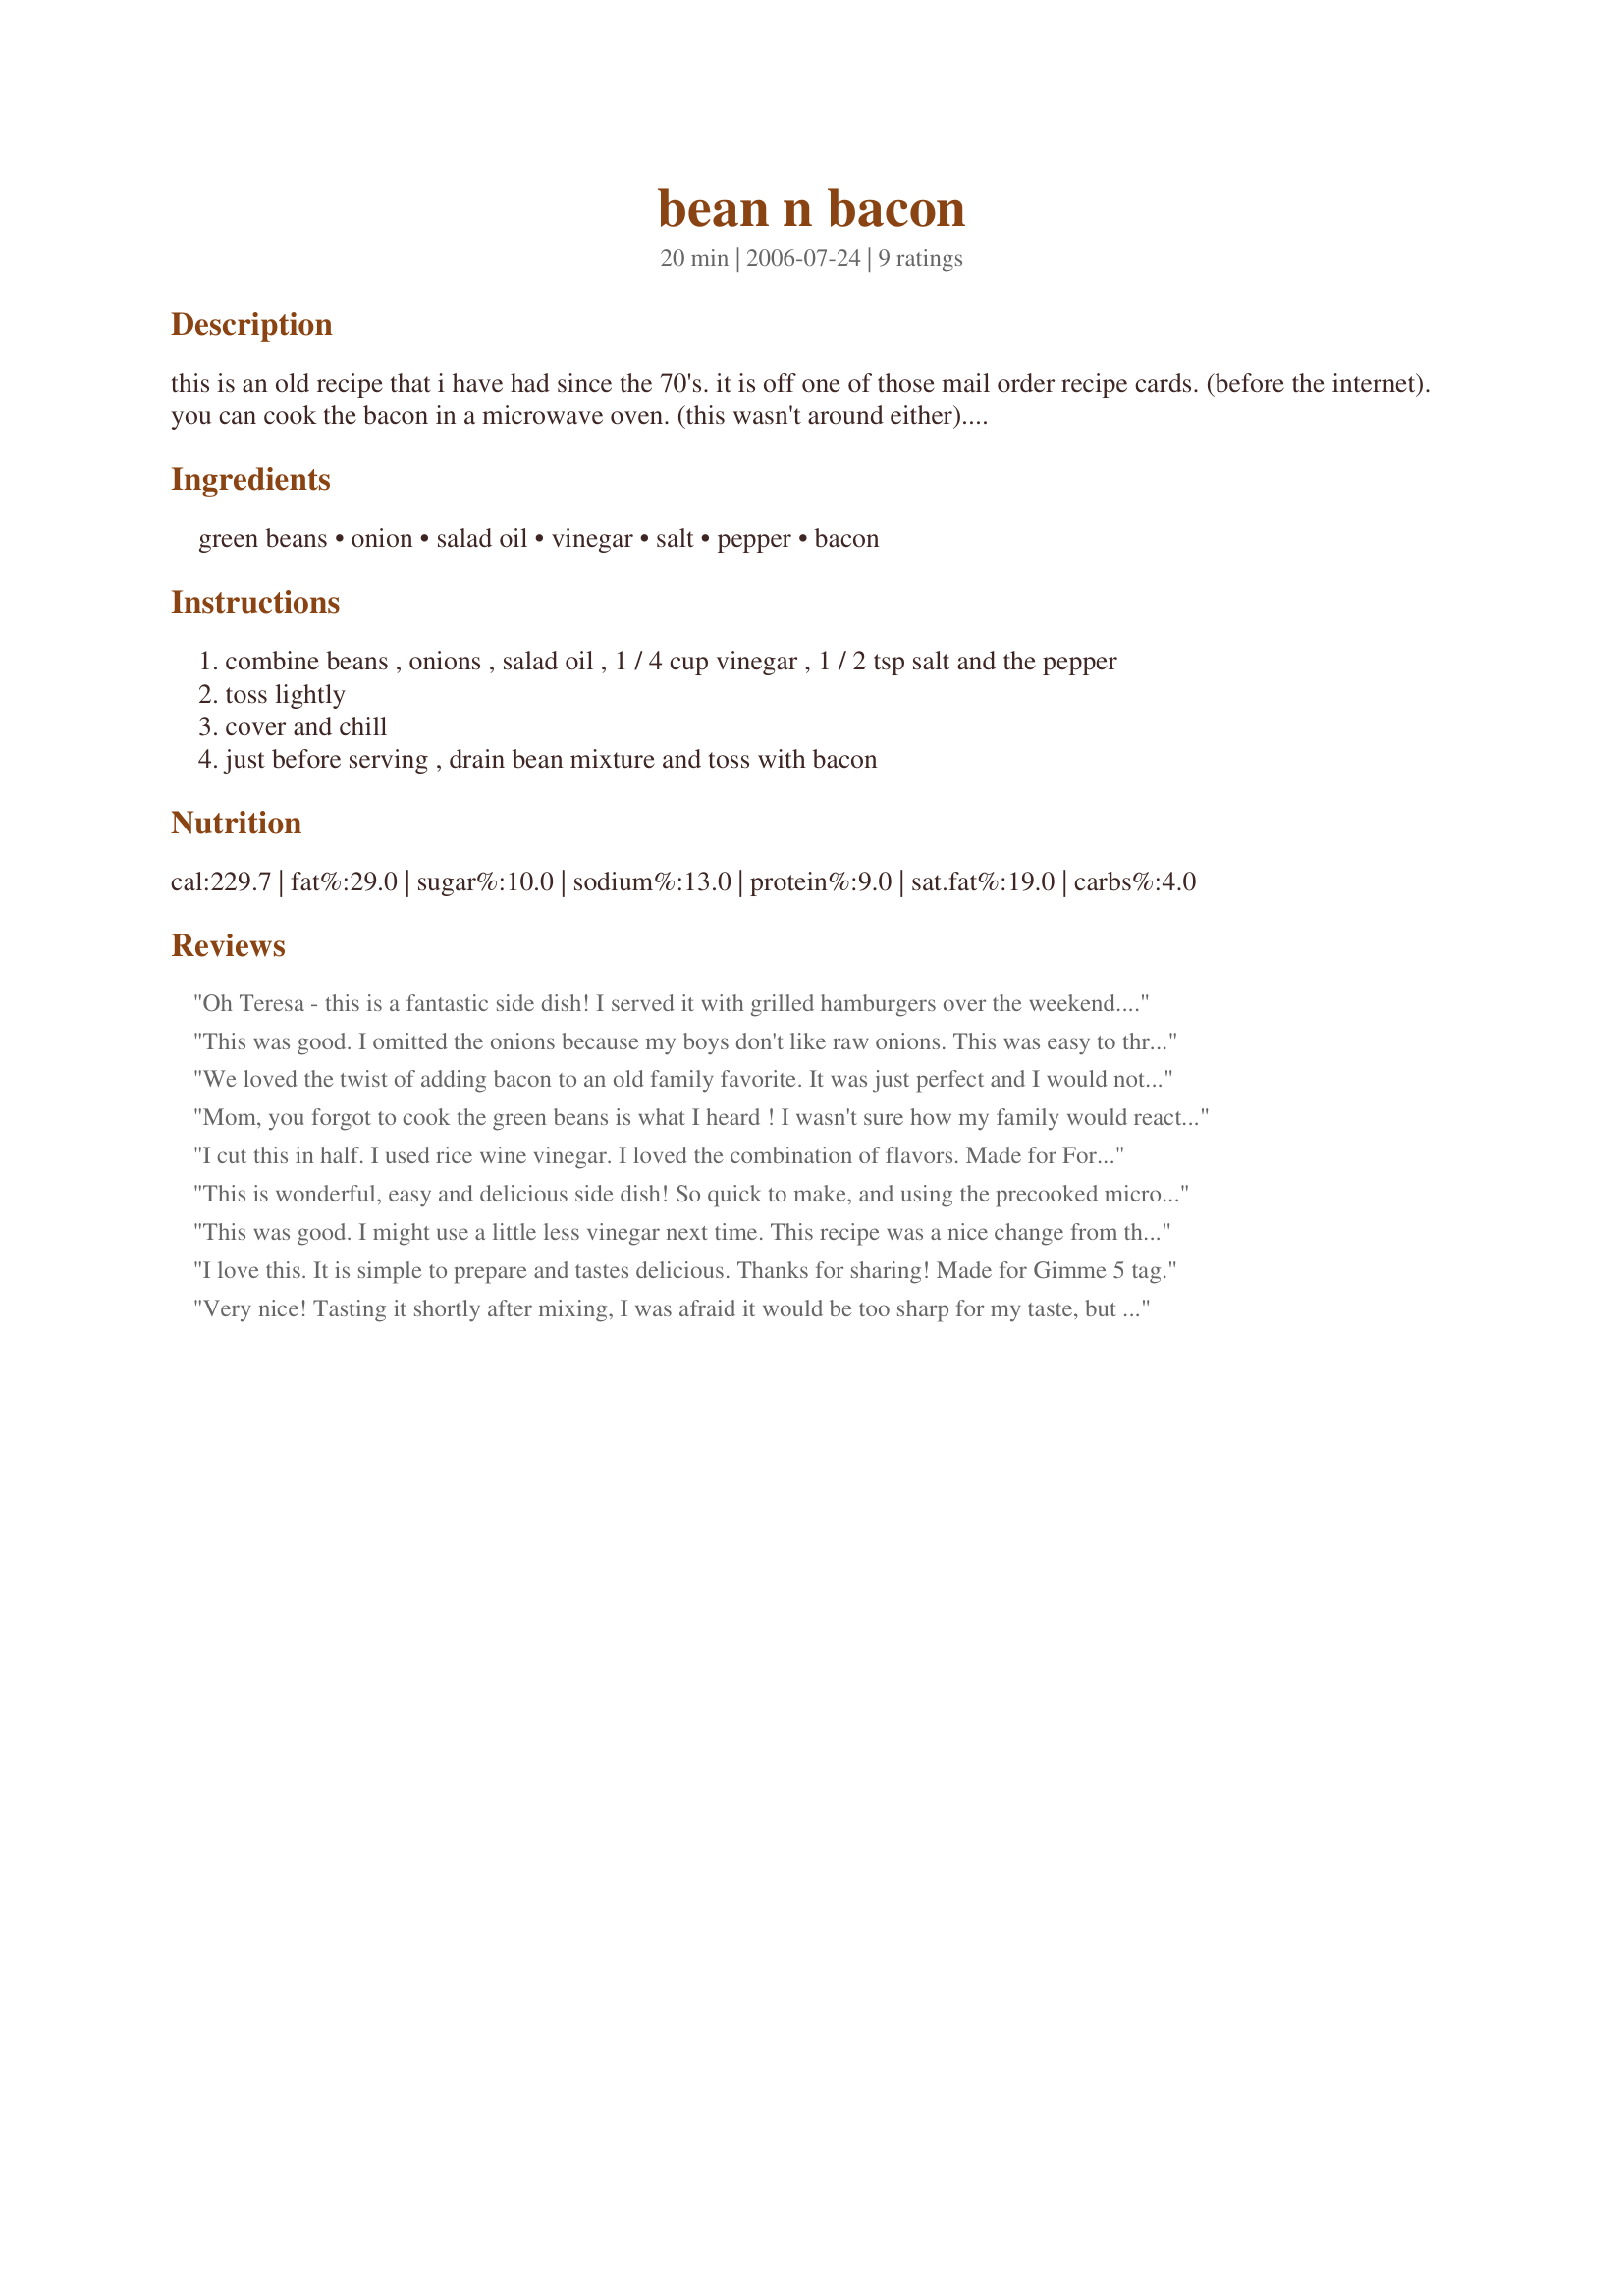
bean n bacon
Preparation time: 20 minutes

this is an old recipe that i have had since the 70's. it is off one of those mail order recipe cards. (before the internet). you can cook the bacon in a microwave oven. (this wasn't around either). because it is served cold it makes a great summer side dish. enjoy!

Ingredients:
green beans, onion, salad oil, vinegar, salt, pepper, bacon

Steps:
combine beans , onions , salad oil , 1 / 4 cup vinegar , 1 / 2 tsp salt and the pepper
toss lightly
cover and chill
just before serving , drain bean mixture and toss with bacon

Reviews:
Oh Teresa - this is a fantastic side dish! I served it with grilled hamburgers over the weekend. The flavors are wonderful. I was concerned that my kids would not like this cold but 2 out of 3 loved them. Thanks for sharing! Tagged in 123 Hit Wonders.
This was good. I omitted the onions because my boys don't like raw onions. This was easy to throw together but think I might like it warmed up better than cold. Thanks for a great recipe. Made for I Recommend Tag.
We loved the twist of adding bacon to an old family favorite. It was just perfect and I would not change a thing. Thanks for the post.
Mom, you forgot to cook the green beans is what I heard ! I wasn't sure how my family would react to cold green beans, but they really enjoyed this recipe. I did cut back to 1/4 tsp. salt but left everything else as posted. This would be great for a potluck as well. Made for PAC fall 2007.
I cut this in half. I used rice wine vinegar. I loved the combination of flavors. Made for For Your Consideration.
This is wonderful, easy and delicious side dish! So quick to make, and using the precooked microwave bacon made it that much easier. We really liked these beans and I will use this recipe often - thanks for posting it!
This was good. I might use a little less vinegar next time. This recipe was a nice change from the usual green beans. Thanks!
I love this. It is simple to prepare and tastes delicious. Thanks for sharing! Made for Gimme 5 tag.
Very nice! Tasting it shortly after mixing, I was afraid it would be too sharp for my taste, but the chilling time (for me it was overnight) mellowed the taste beautifully. When using canned or frozen beans, I tend to prefer french-cut green beans, so that is what I used. I recommend this; it's easy and yummy.
